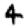
Digit: 4